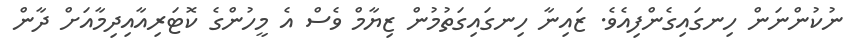
ނުކުންނަން ހިނގައިގެންފިއެވެ. ޒައިނާ ހިނގައިގަތުމުން ޒިޔާމް ވެސް އެ މީހުންގެ ކޮޓަރިއާއިދިމާއަށް ދާން